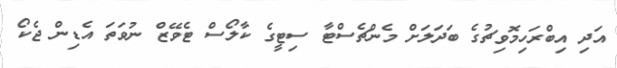
އަދި އިބްރަހިމޮވިޗުގެ ބަދަލަށް މެންޗެސްޓާ ސިޓީގެ ކާލޯސް ޓެވޭޒް ނުވަތަ އެޑިން ޖެކޯ